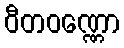
ဝီတဝဏ္ဏော